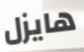
هايزل